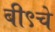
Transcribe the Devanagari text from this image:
बी९चे